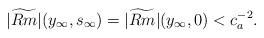
LaTeX: \begin{align*} |\widetilde{Rm}|(y_{\infty}, s_{\infty})=|\widetilde{Rm}|(y_{\infty}, 0)<c_a^{-2}. \end{align*}